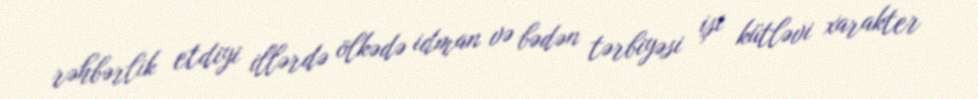
rəhbərlik etdiyi illərdə ölkədə idman və bədən tərbiyəsi işi kütləvi xarakter